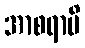
အာစရာမိ